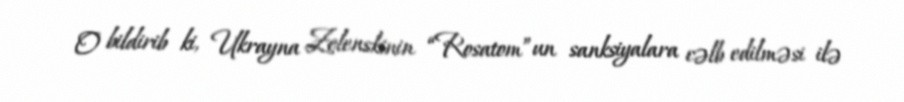
O bildirib ki, Ukrayna Zelenskinin “Rosatom”un sanksiyalara cəlb edilməsi ilə